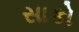
સાકો